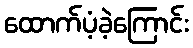
ထောက်ပံ့ခဲ့ကြောင်း